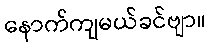
နောက်ကျမယ်ခင်ဗျာ။